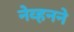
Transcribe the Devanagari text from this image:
नेव्हनने